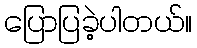
ပြောပြခဲ့ပါတယ်။